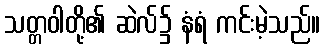
သတ္တဝါတို့၏ ဆဲလ်၌ နံရံ ကင်းမဲ့သည်။